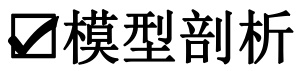
✔模型剖析